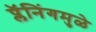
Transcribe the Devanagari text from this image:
प्लॅनिंगमुळे